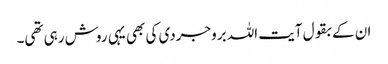
ان کے بقول آیت اللہ بروجردی کی بھی یہی روش رہی تھی۔